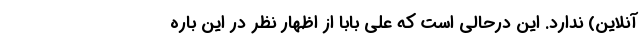
آنلاین) ندارد. این درحالی است که علی بابا از اظهار نظر در این باره